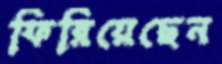
ফিরিয়েছেন